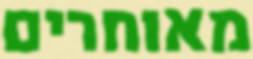
מאוחרים